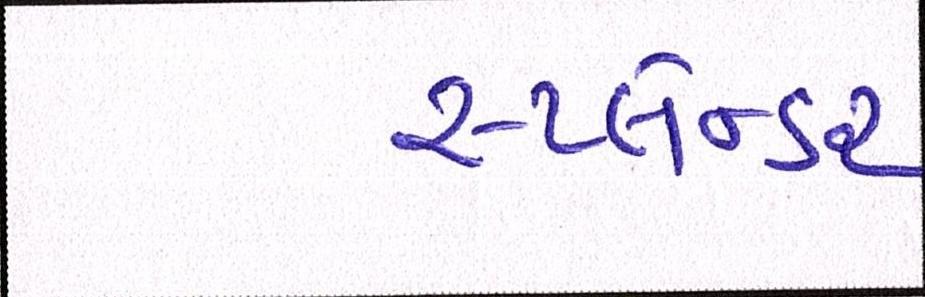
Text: સ્પ્લેન્ડર